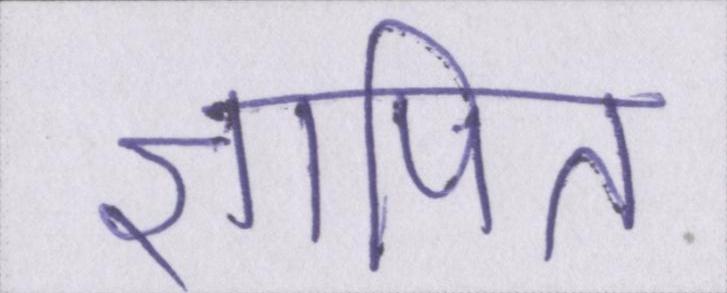
ज्ञापित